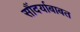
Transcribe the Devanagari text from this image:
सौंदर्याबाबत